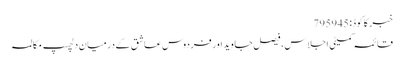
خبر کا کوڈ : 795945
قائمہ کمیٹی اجلاس، فیصل جاوید اور فردوس عاشق کے درمیان دلچسپ مکالمہ